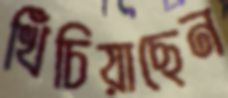
খিঁচিয়াছেন